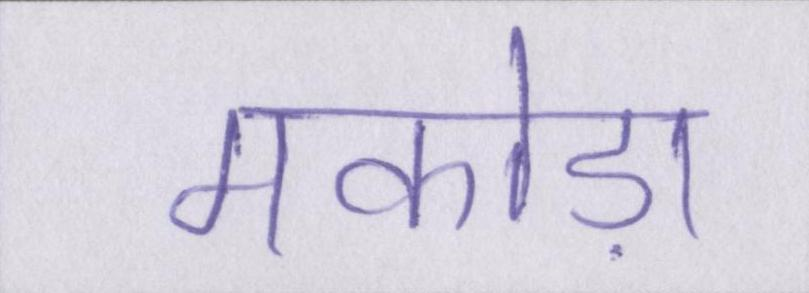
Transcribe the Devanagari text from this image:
मकोड़ा